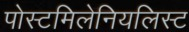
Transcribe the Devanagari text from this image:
पोस्टमिलेनियलिस्ट